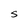
Character: S